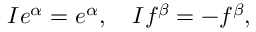
I e ^ { \alpha } = e ^ { \alpha } , \quad I f ^ { \beta } = - f ^ { \beta } ,